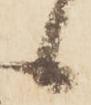
候